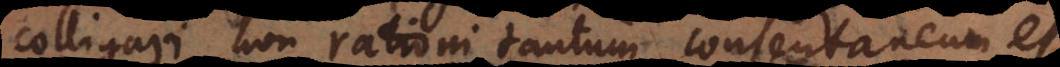
colligari non rationi tantum consentaneum est